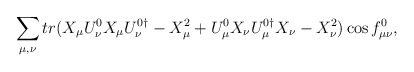
\begin{align*}\sum_{\mu, \nu} { tr(X_\mu U_\nu^0 X_\mu U_\nu^{0\dagger}-X_\mu^2 + U_\mu^0 X_\nu U_\mu^{0\dagger} X_\nu -X_\nu^2 )\cos{f_{\mu\nu}^0}},\end{align*}